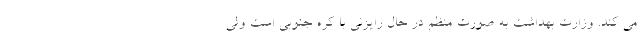
می کند. وزارت بهداشت به صورت منظم در حال رایزنی با کره جنوبی است ولی